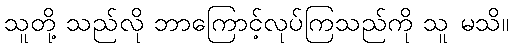
သူတို့ သည်လို ဘာကြောင့်လုပ်ကြသည်ကို သူ မသိ။